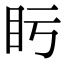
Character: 𥃳